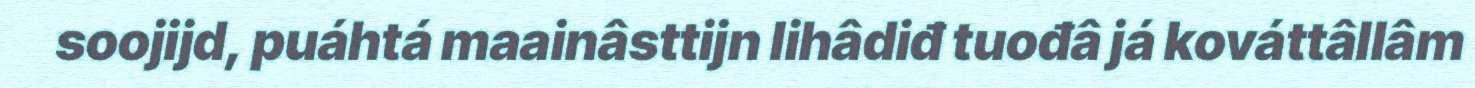
soojijd, puáhtá maainâsttijn lihâdiđ tuođâ já kováttâllâm